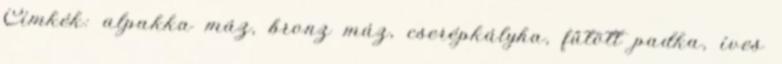
Címkék: alpakka máz, bronz máz, cserépkályha, fűtött padka, íves